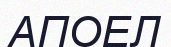
АПОЕЛ